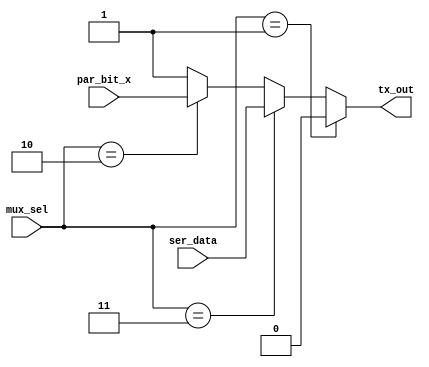
module mux (
input wire [4:0] mux_sel,
input wire ser_data, 
input wire par_bit_x ,
output reg tx_out
);
localparam [2:0] idle = 3'b000 ,
                 start= 3'b001 ,
				 data = 3'b011 ,
			  par_bit = 3'b010 ,
				 stop = 3'b110 ;
always @(*)
begin 
 if (mux_sel == start )
    tx_out = 1'b0 ;
 else if (mux_sel== data)
    tx_out = ser_data ;
 else if (mux_sel == par_bit)
    tx_out = par_bit_x ;
 else
  tx_out = 1'b1 ;
end
endmodule